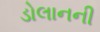
ડોલાનની